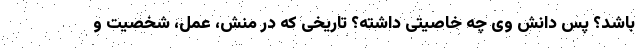
باشد؟ پس دانش وی چه خاصیتی داشته؟ تاریخی که در منش، عمل، شخصیت و